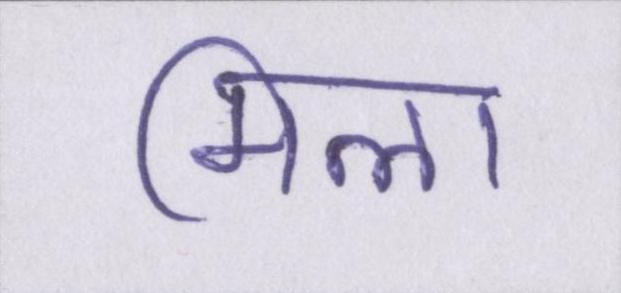
मिला